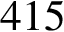
4 1 5